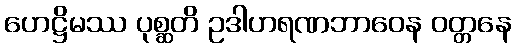
ဟေဋ္ဌိမဿ ပုစ္ဆတိ ဥဒါဟရဏဘာဝေန ဝတ္တနေ